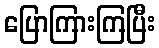
ပြောကြားကြပြီး